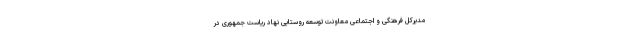
مدیرکل فرهنگی و اجتماعی معاونت توسعه روستایی نهاد ریاست جمهوری در